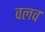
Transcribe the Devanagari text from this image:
वलव